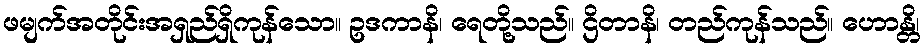
ဖမျက်အတိုင်းအရှည်ရှိကုန်သော။ ဥဒကာနိ၊ ရေတို့သည်။ ဌိတာနိ၊ တည်ကုန်သည်။ ဟောန္တိ၊